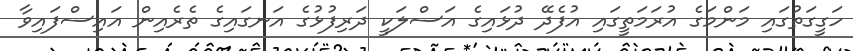
ހަގީގަތުގައި މަންމަގެ އުރަމަތީގައި އުފެދޭ ދުޅައިގެ އަސްލަކީ ދަރިފުޅުގެ އަނގައިގެ ތެރެއިން އައިސްފައިވާ